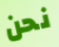
نحن